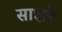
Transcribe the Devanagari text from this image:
साझने